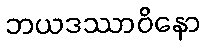
ဘယဒဿာဝိနော